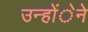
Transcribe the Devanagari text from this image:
उन्होंेने